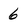
Character: 6